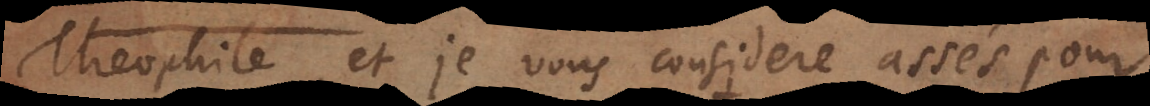
Theophile, et je vous considere assés pour